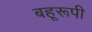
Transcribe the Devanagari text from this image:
बहूरूपी